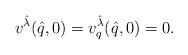
LaTeX: \begin{align*}v^{\Hat{\lambda}}(\Hat{q},0)=v^{\hat{\lambda}}_q(\Hat{q},0)=0. \end{align*}